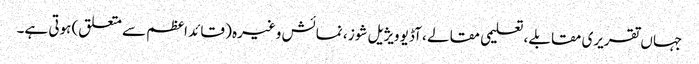
جہاں تقریری مقابلے ، تعلیمی مقالے ، آڈیو ویژیل شوز ، نمائش وغیرہ ( قائد اعظم سے متعلق) ہوتی ہے۔